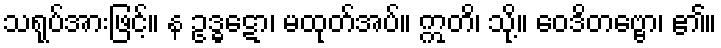
သရုပ်အားဖြင့်။ န ဥဒ္ဓဋော၊ မထုတ်အပ်။ ဣတိ၊ သို့။ ဝေဒိတဗ္ဗော၊ ၏။